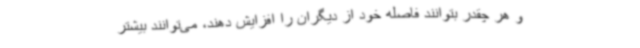
و هر چقدر بتوانند فاصله خود از دیگران را افزایش دهند، می‌توانند بیشتر